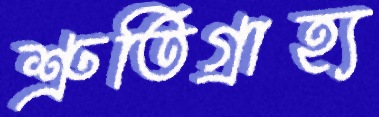
শ্রুতিগ্রাহ্য